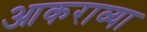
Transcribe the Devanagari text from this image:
आकराव्या